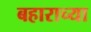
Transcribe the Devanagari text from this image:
बहाराच्या